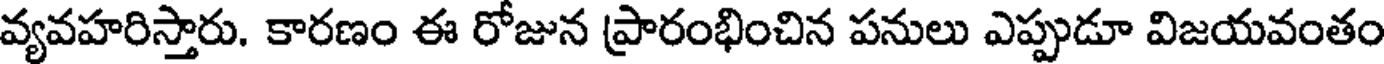
వ్యవహరిస్తారు. కారణం ఈ రోజున ప్రారంభించిన పనులు ఎప్పుడూ విజయవంతం